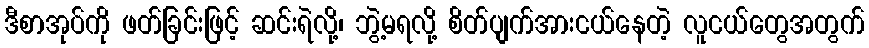
ဒီစာအုပ်ကို ဖတ်ခြင်းဖြင့် ဆင်းရဲလို့၊ ဘွဲ့မရလို့ စိတ်ပျက်အားငယ်နေတဲ့ လူငယ်တွေအတွက်